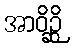
အာဝိဉ္ဆိ